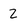
Character: 2